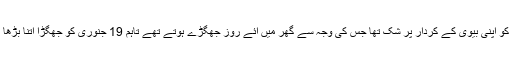
پولیس کے مطابق ملزم بالا کرشنا کو اپنی بیوی کے کردار پر شک تھا جس کی وجہ سے گھر میں آئے روز جھگڑے ہوتے تھے تاہم 19 جنوری کو جھگڑا اتنا بڑھا کہ اس نے اپنی بیوی کوقتل کردیا۔